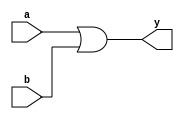
//gate level modelling of or gate
module orglvl(output y, input a,b);
or(y,a,b);
endmodule